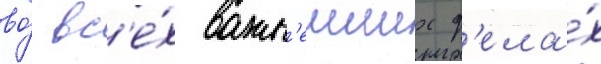
во́ вс'е́х важн'еиших д'ела́х